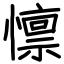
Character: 懔